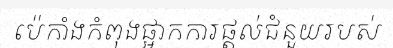
ប៉េកាំងកំពុងផ្អាកការផ្តល់ជំនួយរបស់